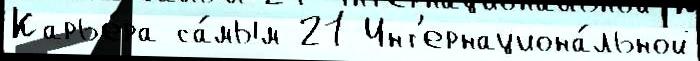
Карье́ра са́мым 21 Инт'ернациона́льной